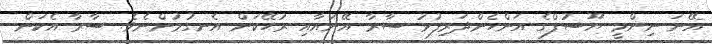
އޭނަ ނިންމީ ޔޫސުފްގެ އަންހެންދަރިފުޅު ސާރާ އޭނައާއި ރުހޭކަން އެނގުމުންނެވެ. ސާރާ އެކަން